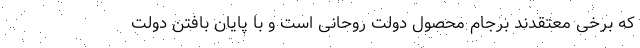
که برخی معتقدند برجام محصول دولت روحانی است و با پایان بافتن دولت